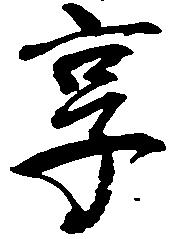
享